Report on vaccination proceedings throughout the Government of Bengal -
Year: 1868
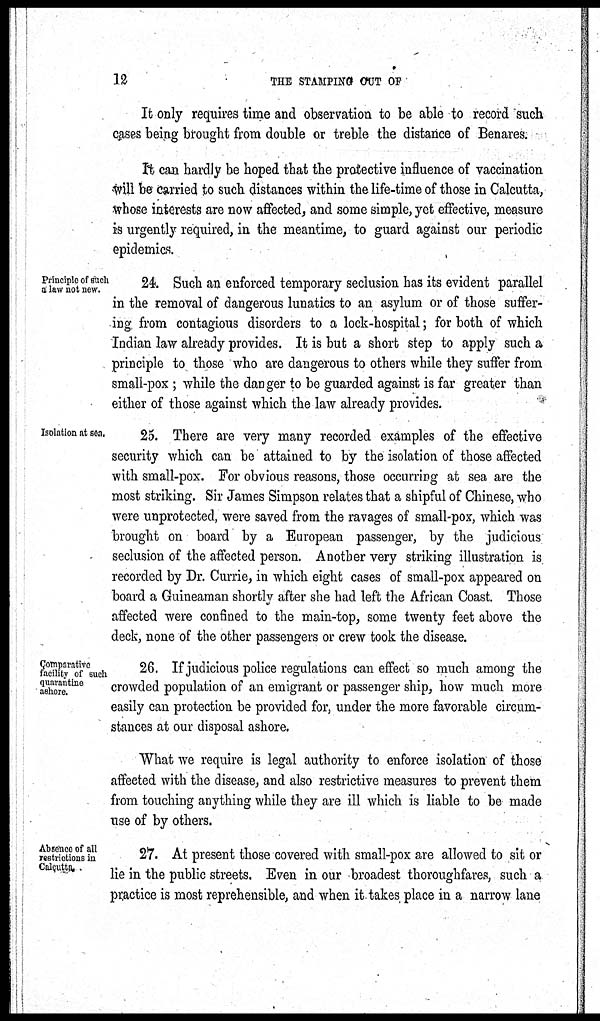
12
THE STAMPING OUT OF
It only requires time and observation to be able to record such
cases being brought from double or treble the distance of Benares.
It can hardly be hoped that the protective influence of vaccination
will be carried to such distances within the life-time of those in Calcutta,
whose interests are now affected, and some simple, yet effective, measure
is urgently required, in the meantime, to guard against our periodic
epidemics.
Principle of such
a law not new.
24. Such an enforced temporary seclusion has its evident parallel
in the removal of dangerous lunatics to an asylum or of those suffer-
ing from contagious disorders to a lock-hospital; for both of which
Indian law already provides. It is but a short step to apply such a
principle to those who are dangerous to others while they suffer from
small-pox; while the danger to be guarded against is far greater than
either of those against which the law already provides.
Isolation at sea.
25. There are very many recorded examples of the effective
security which can be attained to by the isolation of those affected
with small-pox. For obvious reasons, those occurring at sea are the
most striking. Sir James Simpson relates that a shipful of Chinese, who
were unprotected, were saved from the ravages of small-pox, which was
brought on board by a European passenger, by the judicious
seclusion of the affected person. Another very striking illustration is
recorded by Dr. Currie, in which eight cases of small-pox appeared on
board a Guineaman shortly after she had left the African Coast. Those
affected were confined to the main-top, some twenty feet above the
deck, none of the other passengers or crew took the disease.
Comparative
facility of such
quarantine
ashore.
26. If judicious police regulations can effect so much among the
crowded population of an emigrant or passenger ship, how much more
easily can protection be provided for, under the more favorable circum-
stances at our disposal ashore.
What we require is legal authority to enforce isolation of those
affected with the disease, and also restrictive measures to prevent them
from touching anything while they are ill which is liable to be made
use of by others.
Absence of all
restrictions in
Calcutta, .
27. At present those covered with small-pox are allowed to sit or
lie in the public streets. Even in our broadest thoroughfares, such a
practice is most reprehensible, and when it takes place in a narrow lane